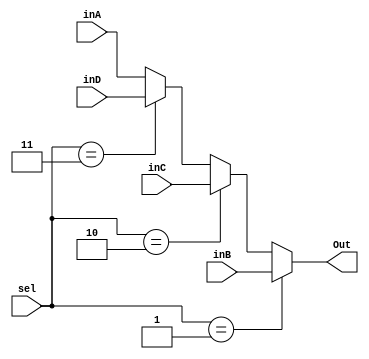
`timescale 1ns / 1ps
//////////////////////////////////////////////////////////////////////////////////
// Company: 
// Engineer: 
// 
// Design Name: 
// Module Name:    MuxForward 
// Project Name: 
// Target Devices: 
// Tool versions: 
// Description: 
//
// Dependencies: 
//
// Revision: 
// Revision 0.01 - File Created
// Additional Comments: 
//
//////////////////////////////////////////////////////////////////////////////////
module MuxForward(
		input [31:0] inA,
		input [31:0] inB,
		input [31:0] inC,
		input [31:0] inD,
		input [1:0] sel,
		output reg [31:0] Out
		);
    
			
	always @(sel, inA, inB, inC,inD)
		begin

			if(sel == 2'b01)begin
			Out <= inB;
			end
			
			else if(sel == 2'b10)begin
			Out <= inC;
			end
			
			else if(sel == 2'b11)begin
			Out <= inD;
			end
			
			else begin
			Out <= inA;
			end
			

		end


endmodule